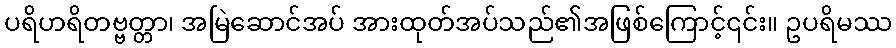
ပရိဟရိတဗ္ဗတ္တာ၊ အမြဲဆောင်အပ် အားထုတ်အပ်သည်၏အဖြစ်ကြောင့်၎င်း။ ဥပရိမဿ